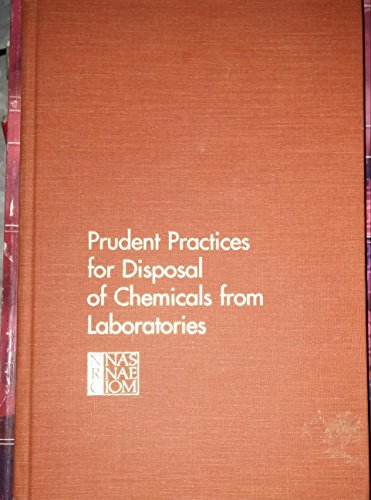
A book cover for Prudent Practices for Disposal of Chemicals from Laboratories; Committee on Hazardous Substances in the Laboratory; Science & Math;